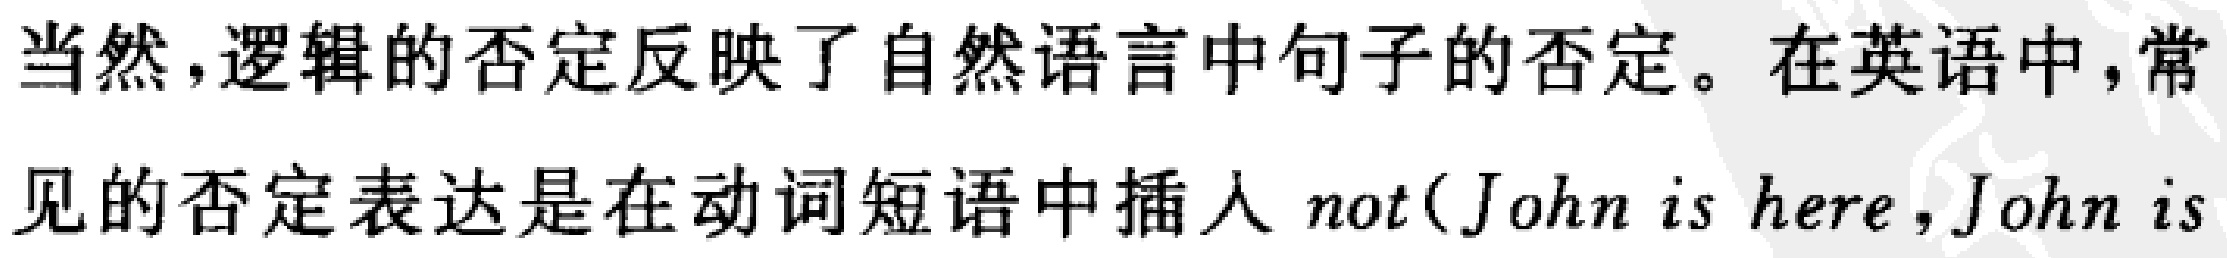
当然，逻辑的否定反映了自然语言中句子的否定。在英语中，常见的否定表达是在动词短语中插入 not(John is here ,John is